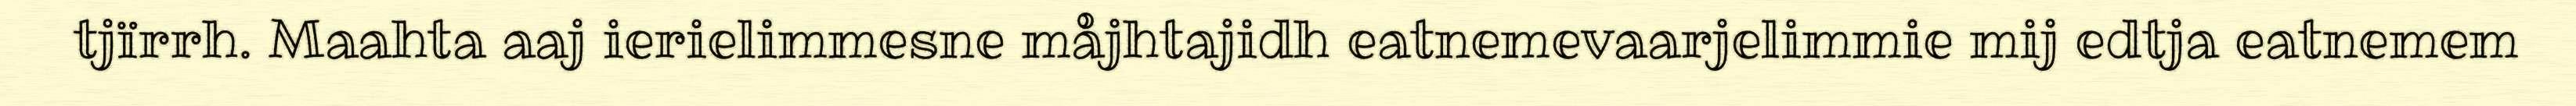
tjïrrh. Maahta aaj ierielimmesne måjhtajidh eatnemevaarjelimmie mij edtja eatnemem